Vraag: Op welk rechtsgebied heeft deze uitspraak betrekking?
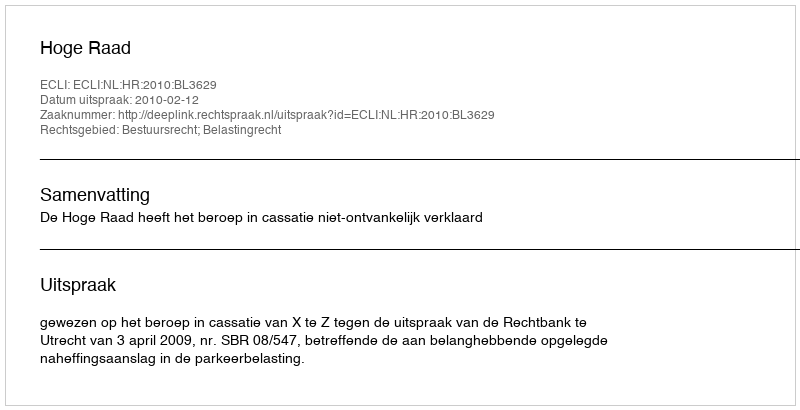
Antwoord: Bestuursrecht; Belastingrecht